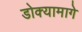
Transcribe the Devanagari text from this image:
डोक्यामागे